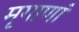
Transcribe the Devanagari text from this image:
मृगाणां